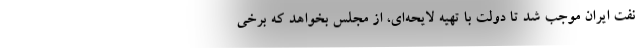
نفت ایران موجب شد تا دولت با تهیه لایحه‌ای، از مجلس بخواهد که برخی